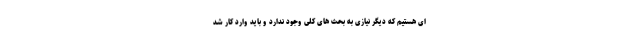
ای هستیم که دیگر نیازی به بحث های کلی وجود ندارد و باید وارد کار شد